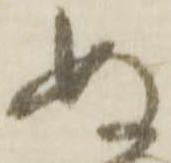
ぬ